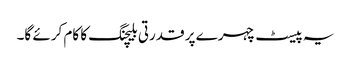
یہ پیسٹ چہرے پر قدرتی بلیچنگ کا کام کرئے گا۔